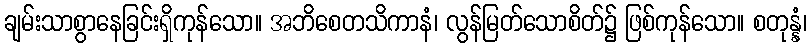
ချမ်းသာစွာနေခြင်းရှိကုန်သော။ အဘိစေတသိကာနံ၊ လွန်မြတ်သောစိတ်၌ ဖြစ်ကုန်သော။ စတုန္နံ၊